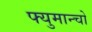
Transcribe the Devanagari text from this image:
फ्युमान्चो